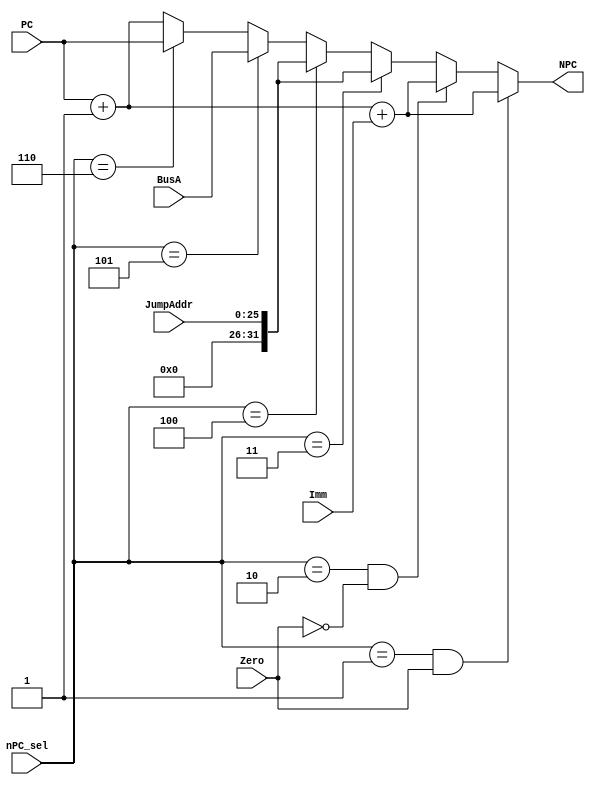
// pc
// if(rs==rt)PC=PC+4+(sign)imm<<2 # beq

module npc(
    Imm, nPC_sel, Zero, PC, JumpAddr, BusA,
    NPC
); 
    input [31:0] Imm;
    input [2:0] nPC_sel;
    input Zero;
    input [31:0] PC, BusA;
    input [25:0] JumpAddr;
    output reg [31:0] NPC; //??

always @(*) begin
    if (nPC_sel == 3'b001 && Zero == 1)
        // 
        NPC = PC + 1 + Imm;
    else if (nPC_sel == 3'b010 && Zero == 0)
        NPC = PC + 1 + Imm;
    else if (nPC_sel == 3'b011) // j
        NPC = JumpAddr;
    else if (nPC_sel == 3'b100) // jal
        NPC = JumpAddr;
    else if (nPC_sel == 3'b101) // jr
        NPC = BusA;
    else if (nPC_sel == 3'b110)
        NPC = PC;
    else
        NPC = PC + 1;
end

endmodule